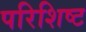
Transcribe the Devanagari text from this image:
परिशिष्‍ट